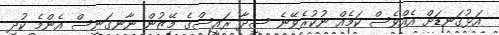
އަޅުގަނޑަށް އެއްވެސް ކަމެއް ނުކުރެވޭނެ ސީދާ ރައީސްގެ މޭޒުން ނާނގަނީސް އެންމެ ކުދި